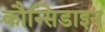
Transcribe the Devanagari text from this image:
कौन्सिडाइन